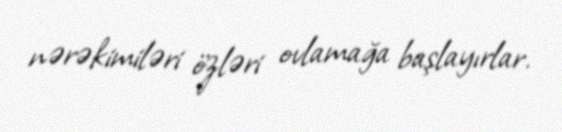
nərəkimiləri özləri ovlamağa başlayırlar.